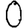
Digit: 0